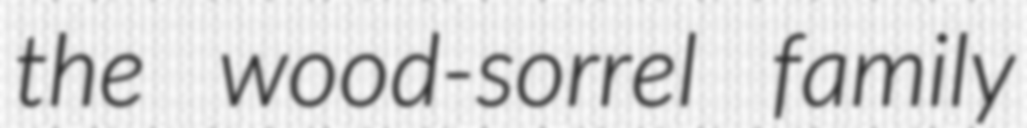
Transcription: the wood-sorrel family